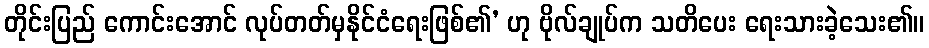
တိုင်းပြည် ကောင်းအောင် လုပ်တတ်မှနိုင်ငံရေးဖြစ်၏’ ဟု ဗိုလ်ချုပ်က သတိပေး ရေးသားခဲ့သေး၏။